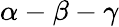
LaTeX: \alpha-\beta-\gamma